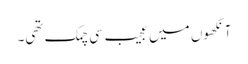
آنکھوں میں عجیب سی چمک تھی۔